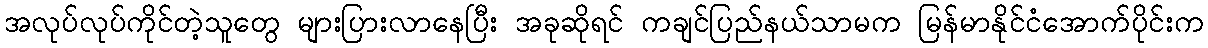
အလုပ်လုပ်ကိုင်တဲ့သူတွေ များပြားလာနေပြီး အခုဆိုရင် ကချင်ပြည်နယ်သာမက မြန်မာနိုင်ငံအောက်ပိုင်းက